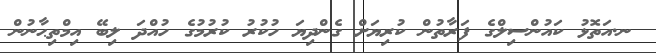
ނ.އަތޮޅު ކައުންސިލްގެ ފަރާތުން ކުރިޔަށް ގެންދިޔަ ހުކުރު ކުރުމުގެ ހުއްދަ ލިބޭ އިމްތިޙާނުން